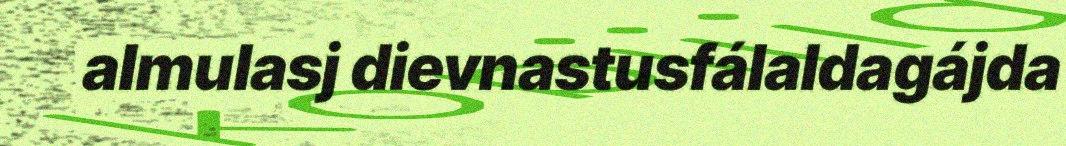
almulasj dievnastusfálaldagájda